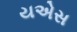
યએસ